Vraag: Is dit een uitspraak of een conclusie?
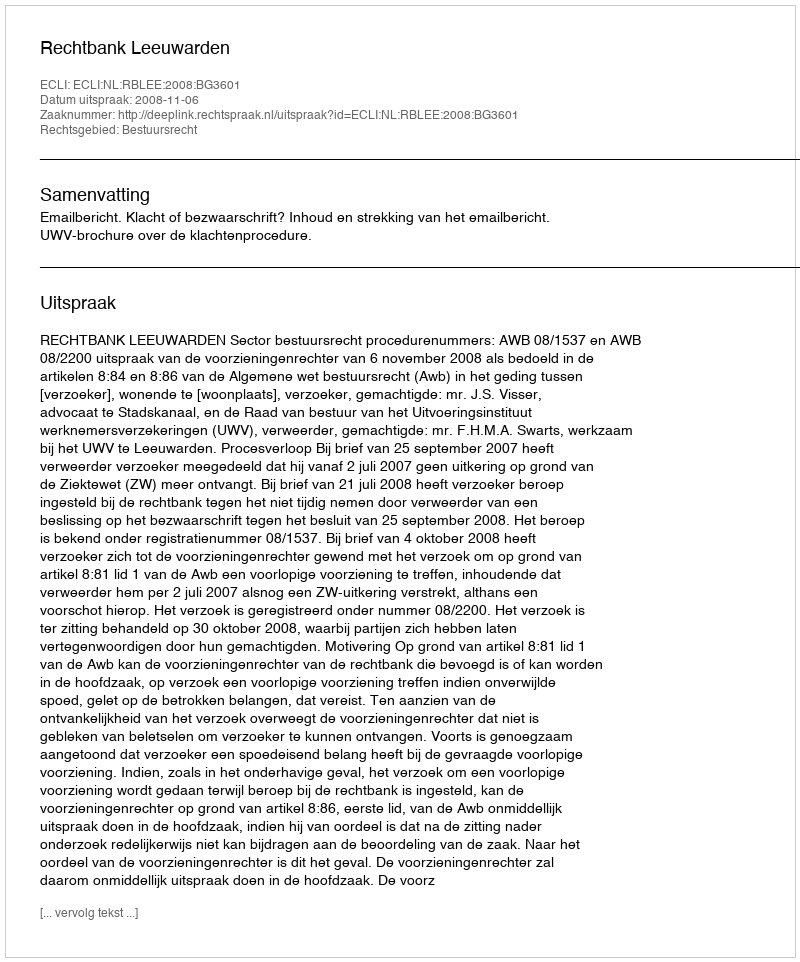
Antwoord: Uitspraak